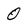
Character: 0